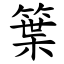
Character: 䈎